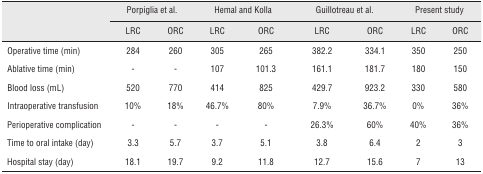
| <ROWSPAN=2>  | <COLSPAN=2> Porpiglia et al. | <COLSPAN=2> Hemal and Kolla | <COLSPAN=2> Guillotreau et al. | <COLSPAN=2> Present study |
 | LRC | ORC | LRC | ORC | LRC | ORC | LRC | ORC |
 | --- | --- | --- | --- | --- | --- | --- | --- | --- |
 | Operative time (min) | 284 | 260 | 305 | 265 | 382.2 | 334.1 | 350 | 250 |
 | Ablative time (min) | - | - | 107 | 101.3 | 161.1 | 181.7 | 180 | 150 |
 | Blood loss (mL) | 520 | 770 | 414 | 825 | 429.7 | 923.2 | 330 | 580 |
 | Intraoperative transfusion | 10% | 18% | 46.7% | 80% | 7.9% | 36.7% | 0% | 36% |
 | Perioperative complication | - | - | - | - | 26.3% | 60% | 40% | 36% |
 | Time to oral intake (day) | 3.3 | 5.7 | 3.7 | 5.1 | 3.8 | 6.4 | 2 | 3 |
 | Hospital stay (day) | 18.1 | 19.7 | 9.2 | 11.8 | 12.7 | 15.6 | 7 | 13 |